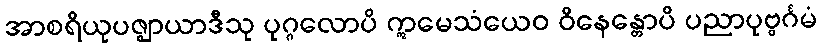
အာစရိယုပဇ္ဈာယာဒီသု ပုဂ္ဂလောပိ ဣမေသံယေဝ ဝိနေန္တောပိ ပညာပုဗ္ဗင်္ဂမံ